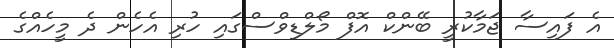
އެ ފައިސާ ޖަމާކުރީ ބޭންކް އޮފް މޯލްޑިވްސްގައި ހުރި އެހެން ދެ މީހެއްގެ